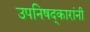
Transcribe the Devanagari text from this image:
उपनिषद्‌कारांनी